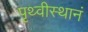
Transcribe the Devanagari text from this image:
पृथ्वीस्थानं